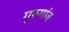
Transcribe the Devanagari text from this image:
गुरुगांव